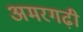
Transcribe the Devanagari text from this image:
अमरगढ़ी